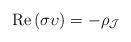
LaTeX: \begin{align*} \mathrm{Re} \left( \sigma \upsilon \right) = - \rho_{\mathcal{J}}\end{align*}